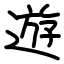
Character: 遊